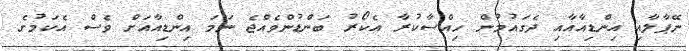
ނޭޕާލާއި އިންޑިއާއާއި ދެގައުމުން ހިއްސާކުރާ އެކޯރު ބަންޑުންވެއްޖެ ނަމަ އިންޑިއާއަށް ވެސް އެކަމުގެ